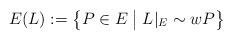
LaTeX: \begin{align*}E(L) := \left\{P\in E \; \big{|} \; L|_E \sim wP \right\}\end{align*}